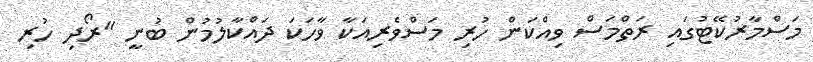
މަސްމާރުކޭޓުގައި ރަތްމަސް ވިއްކަން ހުރި މަސްވެރިއަކާ ވާހަކަ ދައްކާލުމުން ބުނީ "ރޯދި ހުރި